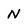
Character: N